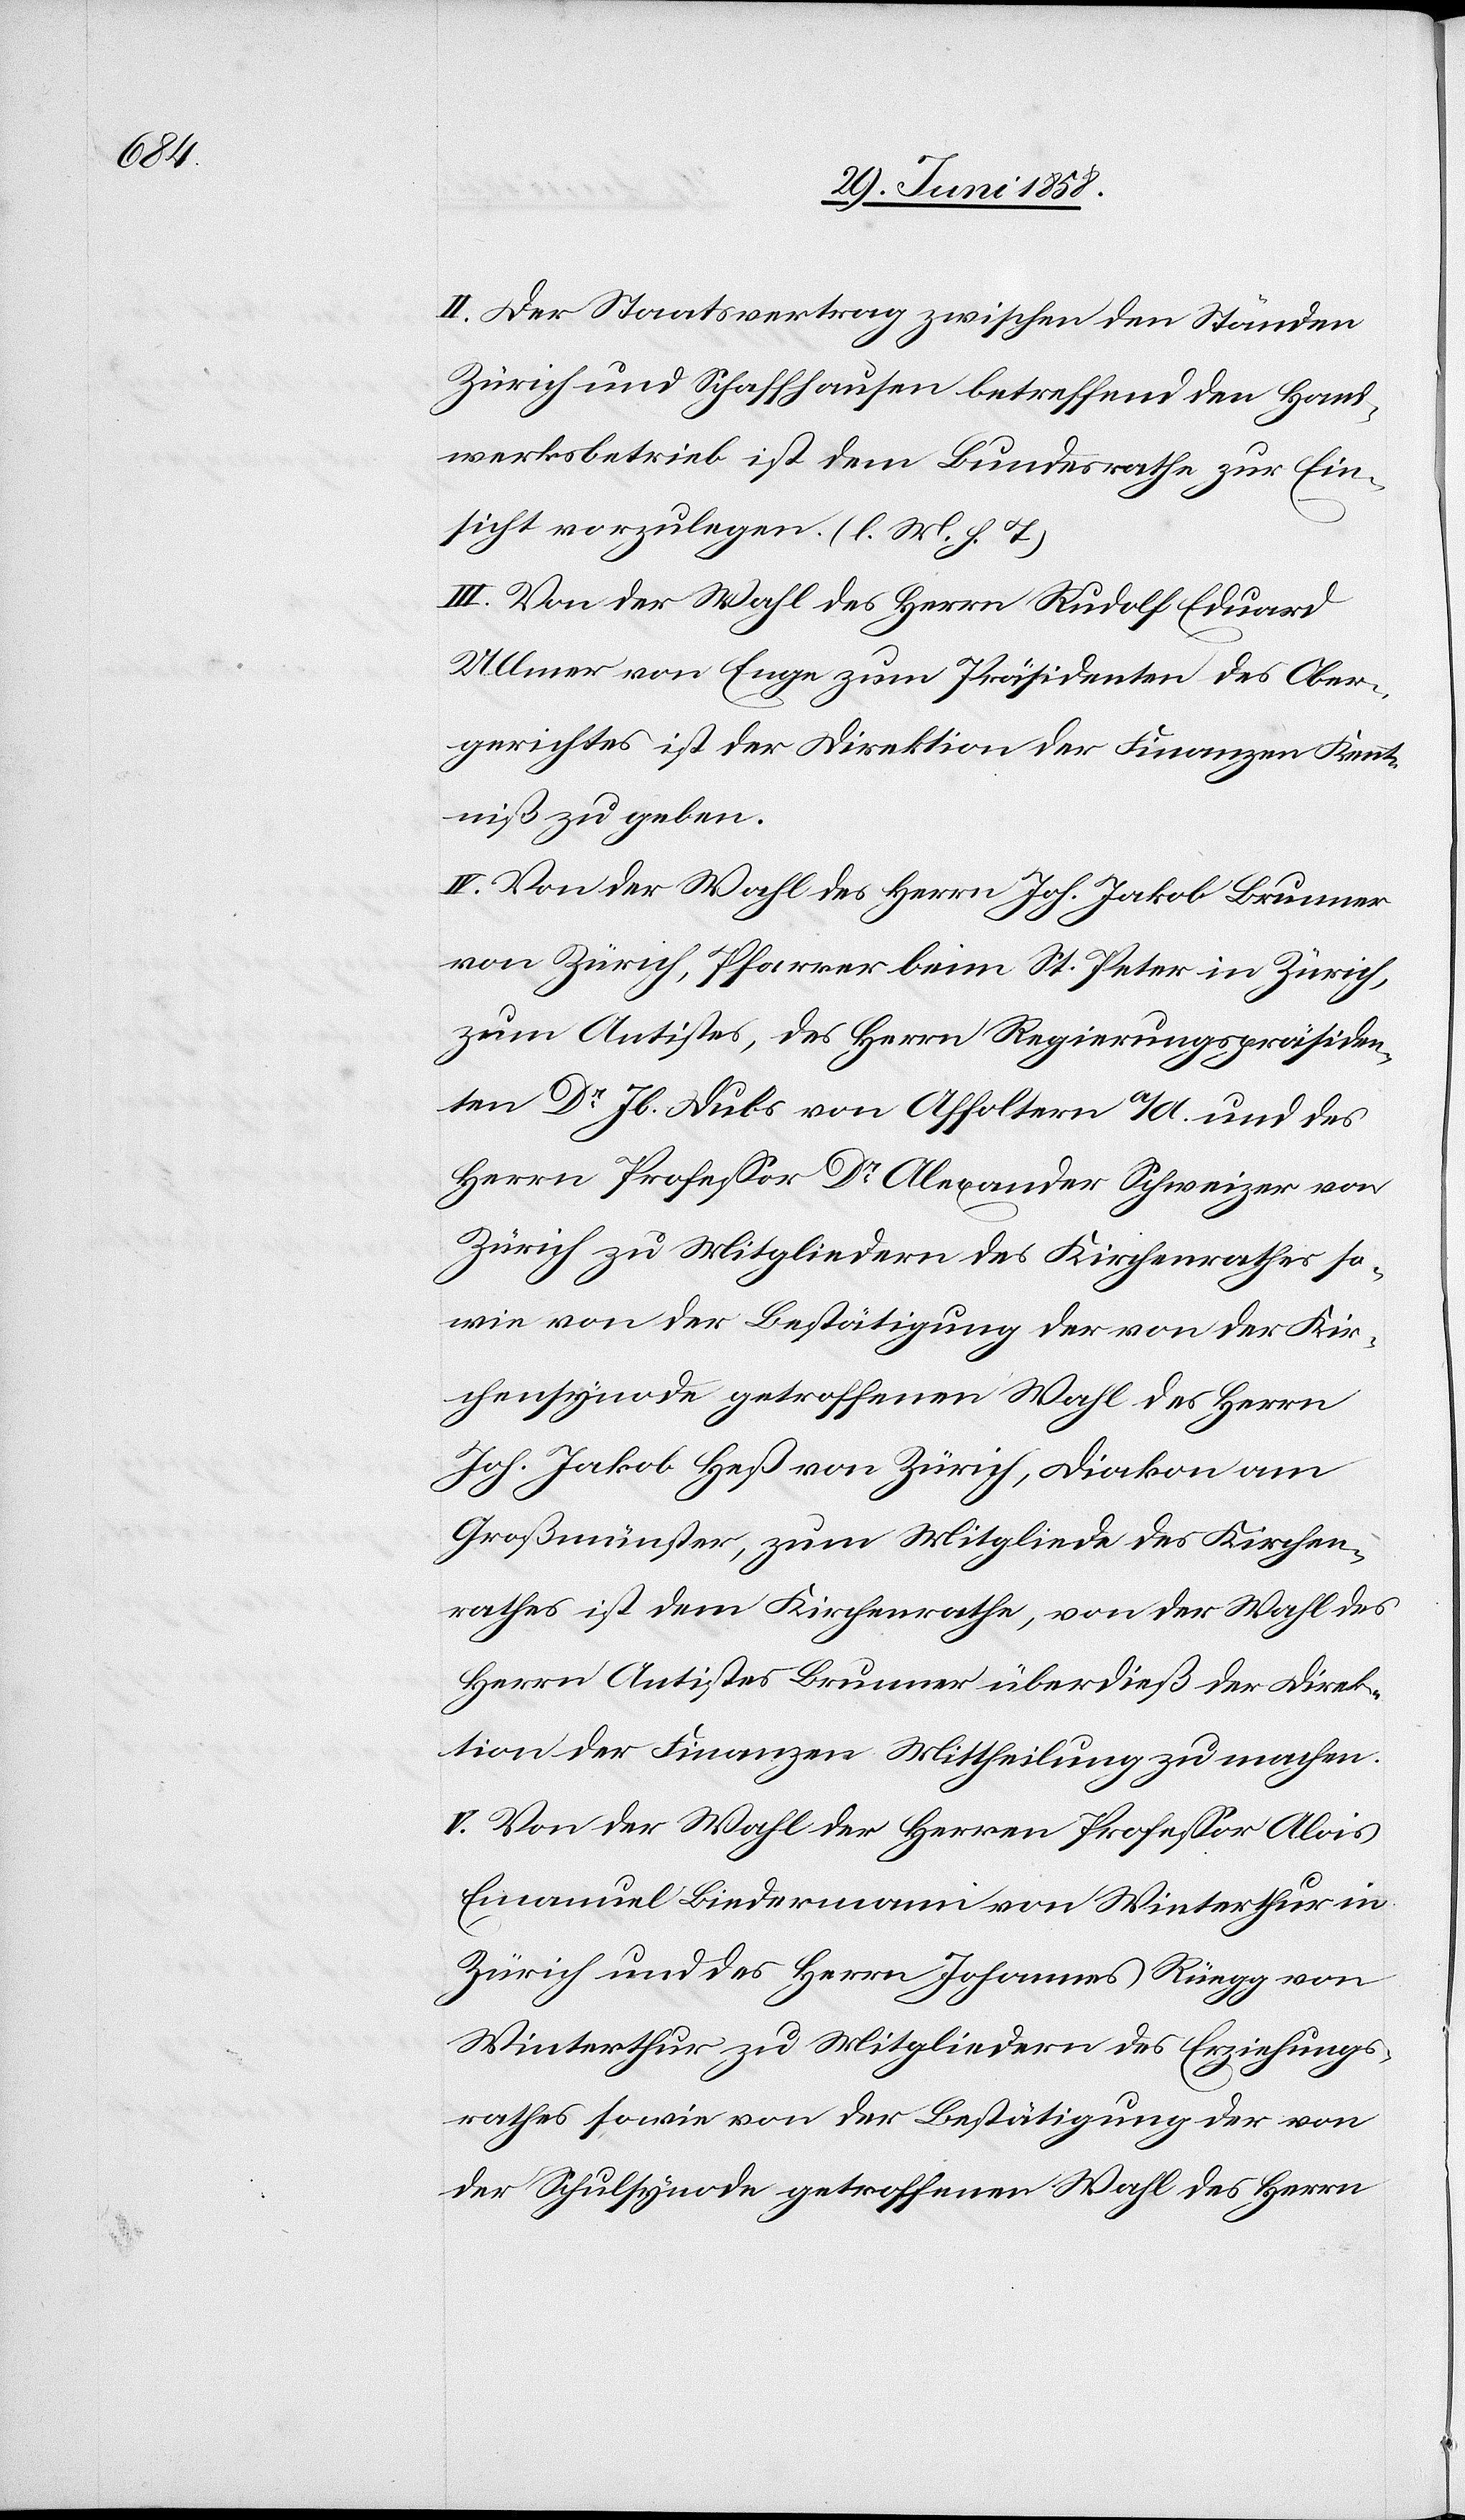
II. Der Staatsvertrag zwischen den Ständen
Zürich und Schaffhausen betreffend den Hand¬
werksbetrieb ist dem Bundesrathe zur Ein¬
sicht vorzulegen. (l. M. h. T.)
III. Von der Wahl des Herrn Rudolf Eduard
Ullmer von Enge zum Präsidenten des Ober¬
gerichtes ist der Direktion der Finanzen Kennt¬
niß zu geben.
IV. Von der Wahl des Herrn Joh. Jakob Brunner
von Zürich, Pfarrer beim St. Peter in Zürich,
zum Antistes, des Herrn Regierungspräsiden¬
ten Dr Jb. Dubs von Affoltern a/A. und des
Herrn Professor Dr Alexander Schweizer von
Zürich zu Mitgliedern des Kirchenrathes so¬
wie von der Bestätigung der von der Kir¬
chensynode getroffenen Wahl des Herrn
Joh. Jakob Heß von Zürich, Diakon am
Großmünster, zum Mitgliede des Kirchen¬
rathes ist dem Kirchenrathe, von der Wahl des
Herrn Antistes Brunner überdieß der Direk¬
tion der Finanzen Mittheilung zu machen.
V. Von der Wahl der Herren Professor Alois
Emanuel Biedermann von Winterthur in
Zürich und des Herrn Johannes Rüegg von
Winterthur zu Mitgliedern des Erziehungs¬
rathes sowie von der Bestätigung der von
der Schulsynode getroffenen Wahl des Herrn